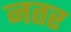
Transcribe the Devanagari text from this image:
नतर